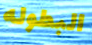
البطوله